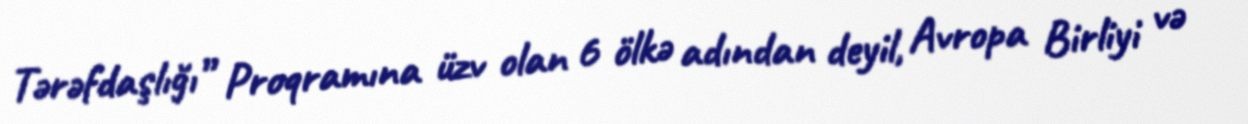
Tərəfdaşlığı” Proqramına üzv olan 6 ölkə adından deyil, Avropa Birliyi və